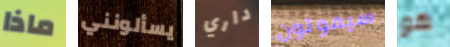
ماذا يسألونني داري سيموتون هو